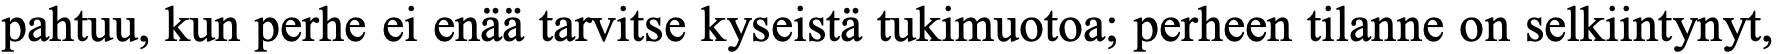
pahtuu, kun perhe ei enää tarvitse kyseistä tukimuotoa; perheen tilanne on selkiintynyt,